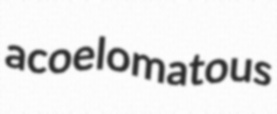
acoelomatous